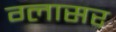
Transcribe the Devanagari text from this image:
ग्लासर